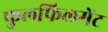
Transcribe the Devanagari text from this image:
फुलफिलमेंट